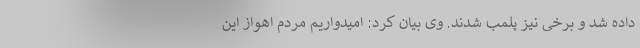
داده شد و برخی نیز پلمب شدند. وی بیان کرد: امیدواریم مردم اهواز این